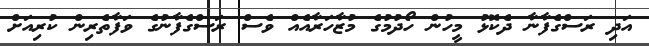
އަދި ރަސްގެފާނާ ދެކޮޅު މީހުން ހޯދުމުގެ މުޒާހަރާއެއް ވެސް ރަސްގެފާނުގެ ވަފާތެރިން ކުރިއަށް